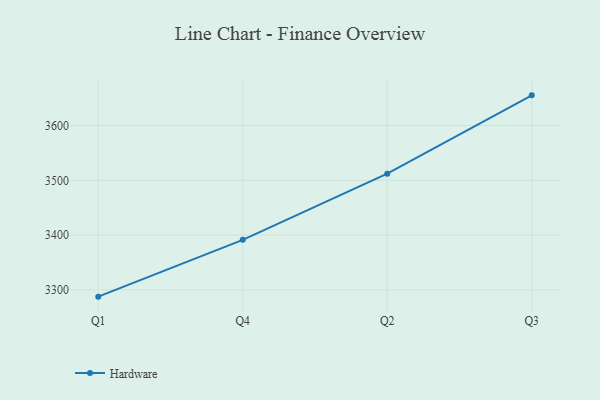
{"axis": {"x": "Quarter", "y": "Shipments"}, "legend": ["Hardware"], "data": [{"x": "Q1", "y": 3287.6, "type": "Hardware"}, {"x": "Q4", "y": 3391.4, "type": "Hardware"}, {"x": "Q2", "y": 3512.2, "type": "Hardware"}, {"x": "Q3", "y": 3655.2, "type": "Hardware"}]}